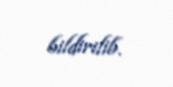
bildirilib.